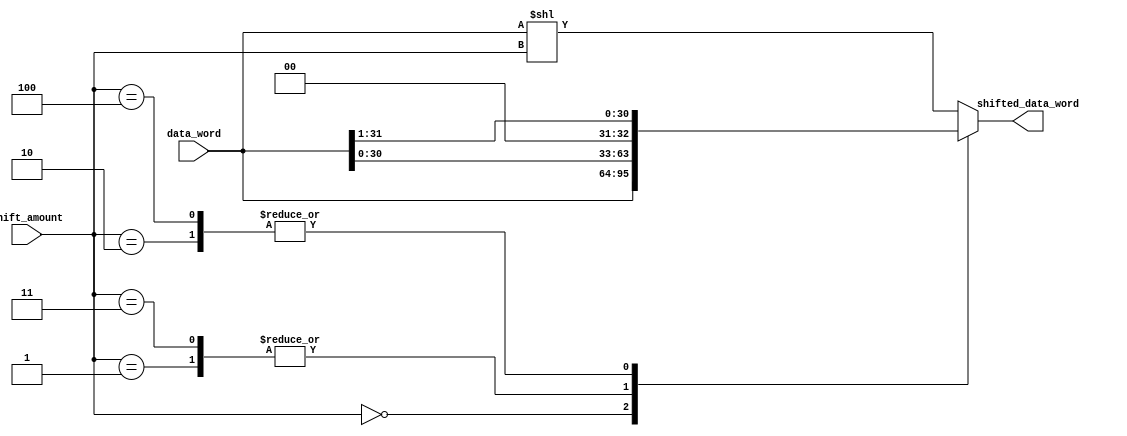
module SimpleBarrelShifter (
    input [31:0] data_word,
    input [4:0] shift_amount,
    output reg [31:0] shifted_data_word
);

always @(*) begin
    case(shift_amount)
        5'b00000 : shifted_data_word = data_word; // No shift
        5'b00001 : shifted_data_word = data_word << 1; // Logical left shift by 1
        5'b00010 : shifted_data_word = data_word >> 1; // Logical right shift by 1
        5'b00011 : shifted_data_word = data_word << 1; // Circular left shift by 1
        5'b00100 : shifted_data_word = data_word >> 1; // Circular right shift by 1
        // Add more cases for different shift operations and amounts as needed
        default : shifted_data_word = data_word << shift_amount; // Default to logical left shift by shift_amount
    endcase
end

endmodule